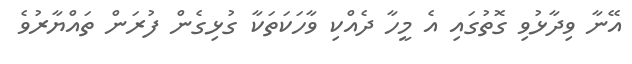
އޭނާ ވިދާޅުވި ގޮތުގައި އެ މީހާ ދެއްކި ވާހަކަތަކާ ގުޅިގެން ފުރަން ތައްޔާރުވެ